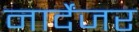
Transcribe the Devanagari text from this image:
नार्देंजर